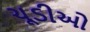
ચૂડીઓ